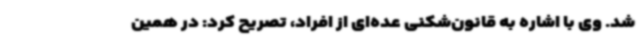
شد. وی با اشاره به قانون‌شکنی عده‌ای از افراد، تصریح کرد: در همین